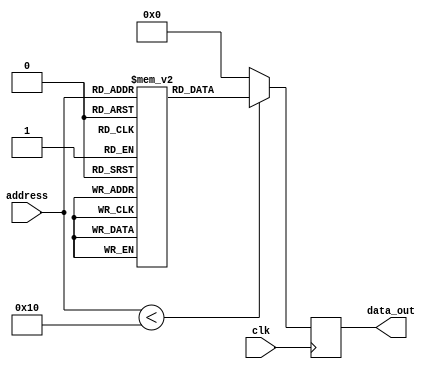
module parameterized_rom #(
    parameter DATA_WIDTH = 8,      // Width of each data word
    parameter ADDR_WIDTH = 4       // Number of address lines
) (
    input wire [ADDR_WIDTH-1:0] address, // Address input
    input wire clk,                     // Clock signal
    output reg [DATA_WIDTH-1:0] data_out // Data output
);

    // Internal memory array to hold ROM contents
    reg [DATA_WIDTH-1:0] rom_array [0:(1 << ADDR_WIDTH)-1];

    // Initialization of ROM contents
    initial begin
        // Example initialization; adjust as needed
        rom_array[0] = 8'hA0; // Add your own values
        rom_array[1] = 8'hB1;
        rom_array[2] = 8'hC2;
        rom_array[3] = 8'hD3;
        rom_array[4] = 8'hE4;
        rom_array[5] = 8'hF5;
        rom_array[6] = 8'hAA;
        rom_array[7] = 8'hBB;
        // More initializations can be added based on DATA_WIDTH and ADDR_WIDTH
    end

    // Synchronous read operation
    always @(posedge clk) begin
        // Check if address is within range
        if (address < (1 << ADDR_WIDTH)) begin
            data_out <= rom_array[address]; // Read data at given address
        end else begin
            data_out <= {DATA_WIDTH{1'b0}}; // Default value (zero) if address is out of range
        end
    end

endmodule